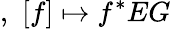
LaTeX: ,\, \, [f]\mapsto f^{*}EG